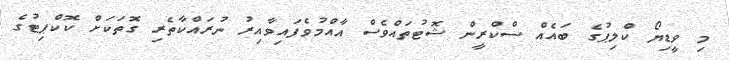
މި ވީޑިޔޯ ކްލިޕުގެ ބައެއް ސްކްރީން ޝޮޓުތައްވެސް އާއްމުވެފައިވާއިރު ނުރައްކާތެރި ގޮތަކަށް ކޮކްޕިޓުގެ